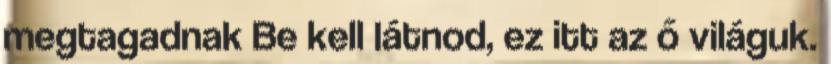
megtagadnak Be kell látnod, ez itt az ő világuk.